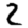
Digit: 2